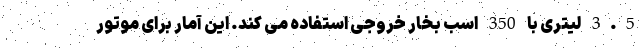
3.5 لیتری با 350 اسب بخار خروجی استفاده می کند. این آمار برای موتور